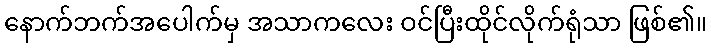
နောက်ဘက်အပေါက်မှ အသာကလေး ဝင်ပြီးထိုင်လိုက်ရုံသာ ဖြစ်၏။